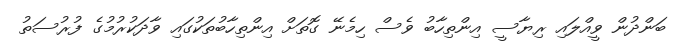
ބަންދުން ވީއްލައި ރިޔާސީ އިންތިހާބު ވެސް ހިމެނޭ ގޮތަށް އިންތިހާބުތަކުގައި ވާދަކުރުމުގެ ފުރުސަތު